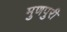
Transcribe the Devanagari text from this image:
मुणपुरी